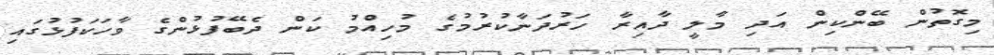
މިގޮތުން ބޭންކިން އަދި މާލީ ދާއިރާ ހަރުދަނާކުރުމުގެ މުހިއްމު ކަން ދެބޭފުޅުންގެ ވާހަކަފުޅުގައި